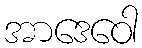
အာဒေဝေါ